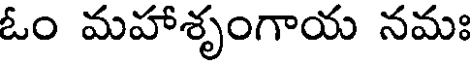
ఓం మహాశృంగాయ నమః